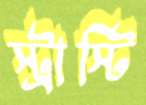
স্ট্রাস্টি